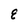
Character: E